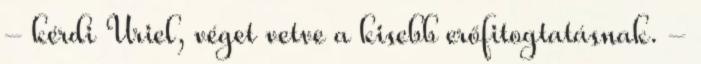
- kérdi Uriel, véget vetve a kisebb erőfitogtatásnak. -